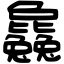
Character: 𣬚